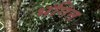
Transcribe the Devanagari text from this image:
भंगित